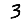
Digit: 3